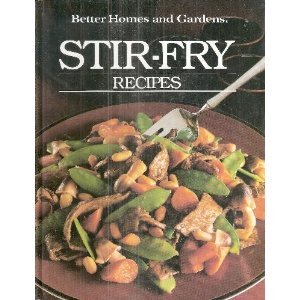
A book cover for Better Homes and Gardens Stir-Fry Recipes (Better homes and gardens books); Better Homes & Gardens; Cookbooks, Food & Wine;